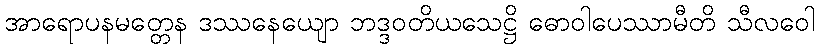
အာရောပနမတ္တေန ဒဿနေယျော ဘဒ္ဒဝတိယသေဋ္ဌိ ဓောဝါပေဿာမီတိ သီလဝေါ